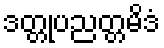
ဒတ္တုပညတ္တမိဒံ